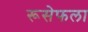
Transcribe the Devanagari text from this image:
रूसेफला